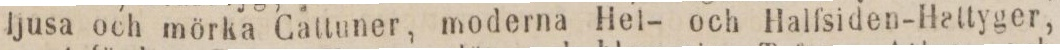
ljusa och mörka Cattuner, moderna Hel- och Halfsiden-Hattyger,